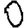
Digit: 0